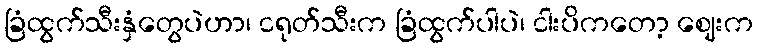
ခြံထွက်သီးနှံတွေပဲဟာ၊ ငရုတ်သီးက ခြံထွက်ပါပဲ၊ ငါးပိကတော့ ဈေးက